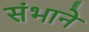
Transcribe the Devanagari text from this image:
संभाने